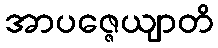
အာပဇ္ဇေယျာတိ